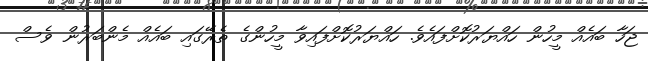
ޖަހާ ބައެއް މީހުން ހައްޔަރުކޮށްފައެވެ. ހައްޔަރުކޮށްފައިވާ މީހުންގެ ތެރޭގައި ބައެއް މެންބަރުން ވެސް